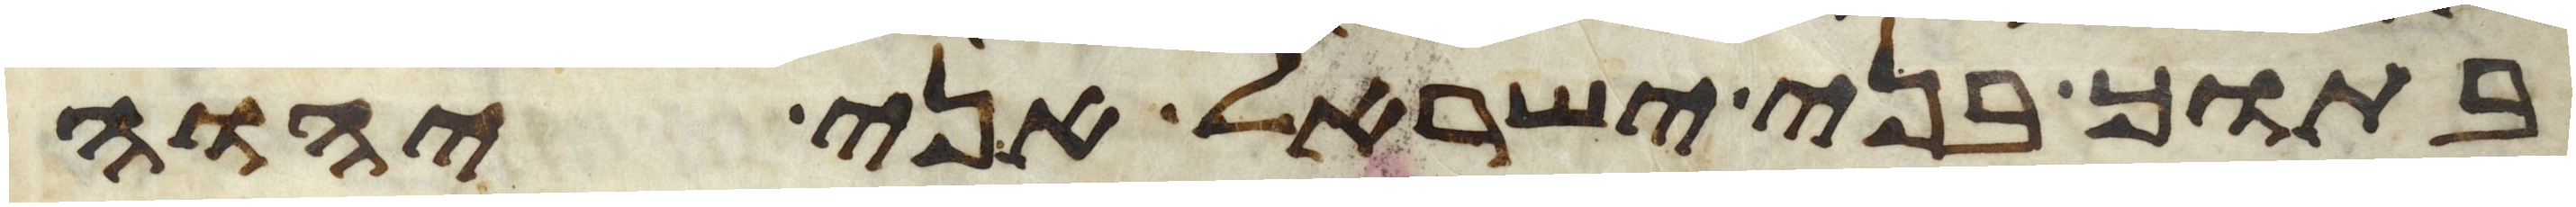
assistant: בתוך בני ישראל אני יהוה